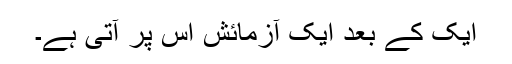
ایک کے بعد ایک آزمائش اس پر آتی ہے۔